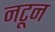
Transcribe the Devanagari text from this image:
नटून